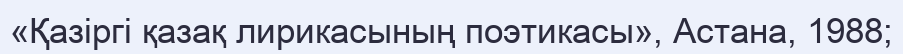
«Қазіргі қазақ лирикасының поэтикасы», Астана, 1988;